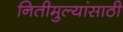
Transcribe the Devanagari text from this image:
नितीमुल्यांसाठी